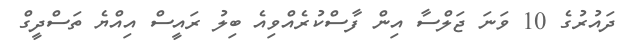
ދައުރުގެ 10 ވަނަ ޖަލްސާ އިން ފާސްކުރެއްވިއެ ބިލު ރައީސް އިއްޔެ ތަސްދީގް